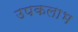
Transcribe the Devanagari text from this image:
उपकलाभ